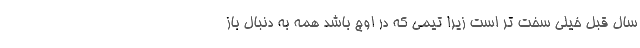
سال قبل خیلی سخت تر است زیرا تیمی که در اوج باشد همه به دنبال باز